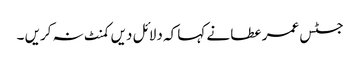
جسٹس عمر عطا نے کہا کہ دلائل دیں کمنٹ نہ کریں ۔